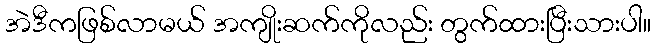
အဲဒီကဖြစ်လာမယ် အကျိုးဆက်ကိုလည်း တွက်ထားပြီးသားပါ။